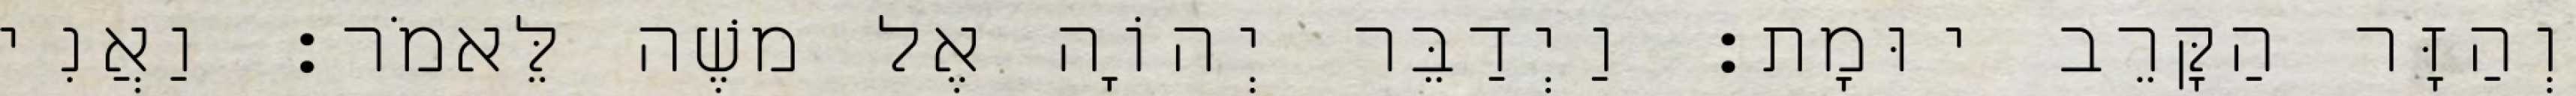
וְהַזָּר הַקָּרֵב יוּמָת׃ וַיְדַבֵּר יְהוָֹה אֶל משֶׁה לֵּאמֹר׃ וַאֲנִי